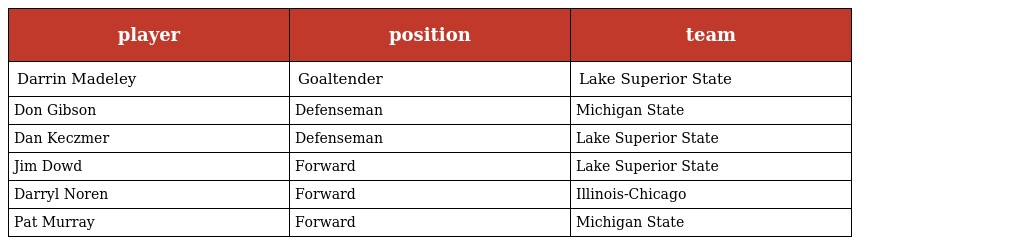
| player | position | team |
 | --- | --- | --- |
 | Darrin Madeley | Goaltender | Lake Superior State |
 | Don Gibson | Defenseman | Michigan State |
 | Dan Keczmer | Defenseman | Lake Superior State |
 | Jim Dowd | Forward | Lake Superior State |
 | Darryl Noren | Forward | Illinois-Chicago |
 | Pat Murray | Forward | Michigan State |